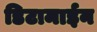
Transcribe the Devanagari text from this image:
डिटामाईन